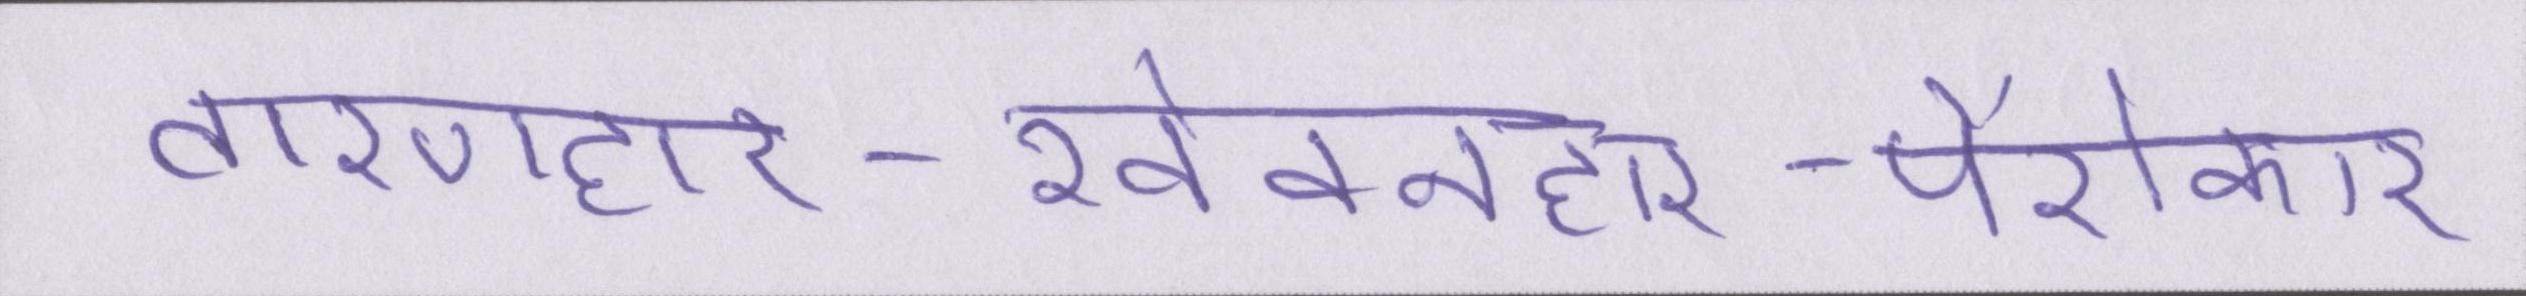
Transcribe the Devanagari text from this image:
तारणहार-खेवनहार-पैरोकार